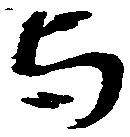
与